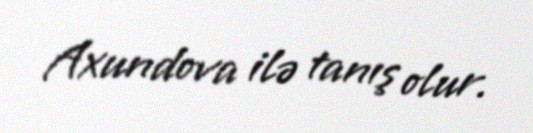
Axundova ilə tanış olur.